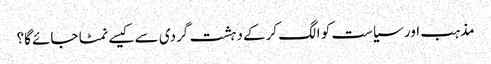
مذہب اور سیاست کو الگ کرکے دہشت گردی سے کیسے نمٹا جائے گا؟